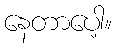
နေတာပေါ့။